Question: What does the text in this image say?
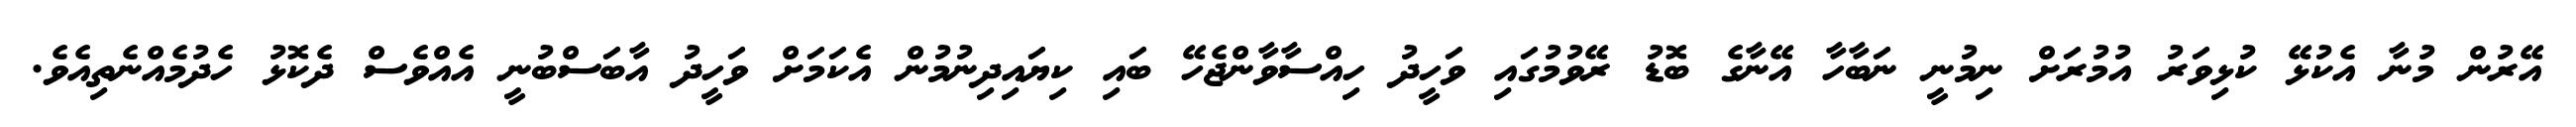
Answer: އޭރުން މުނާ އެކުޅޭ ކުޅިވަރު އުމުރަށް ނިމުނީ ނަބާހާ އޭނާގެ ބޮޑު ރޭވުމުގައި ވަހީދު ހިއްސާވާންޖެހޭ ބައި ކިޔައިދިނުމުން އެކަމަށް ވަހީދު އާބަސްބުނީ އެއްވެސް ދެކޮޅު ހެދުމެއްނެތިއެވެ.